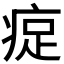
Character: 𪽰